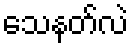
သေနတ်လဲ